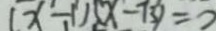
( x - 1 ) ( x - 7 3 ) = 2